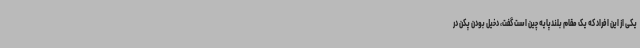
یکی از این افراد که یک مقام بلندپایه چین است گفت، دخیل بودن پکن در